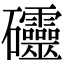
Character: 𥘃